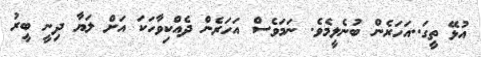
އުޅޭ ތީގަ..އަހަރެން ބުނެލީމެވެ. ނަމަވެސް އަހަރެން ދެއްކިވާހަކަ އަށް ލަޔާ ދިނީ ބީރު